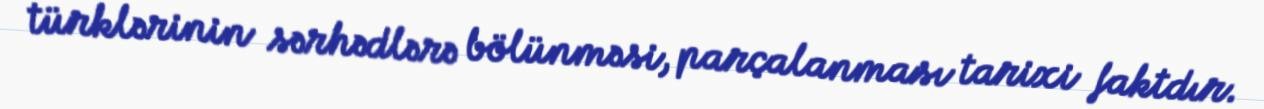
türklərinin sərhədlərə bölünməsi, parçalanması tarixi faktdır.